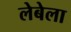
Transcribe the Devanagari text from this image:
लेबेला